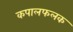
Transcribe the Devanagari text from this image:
कपालफलक